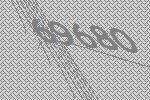
69680